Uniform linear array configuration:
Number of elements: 64
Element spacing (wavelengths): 0.25
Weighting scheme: uniform
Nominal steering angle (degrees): -60
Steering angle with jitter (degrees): -59.557
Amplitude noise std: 0.05
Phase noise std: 0.05

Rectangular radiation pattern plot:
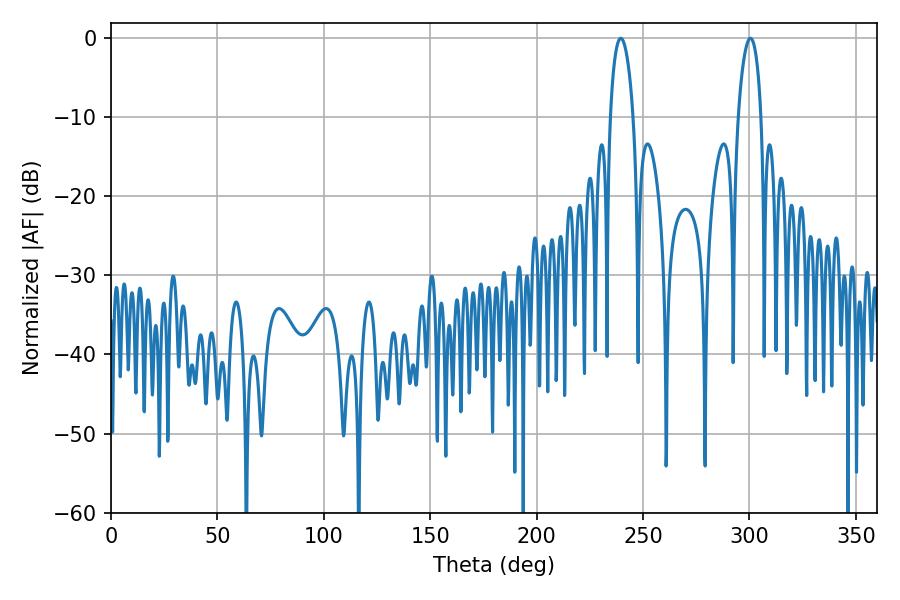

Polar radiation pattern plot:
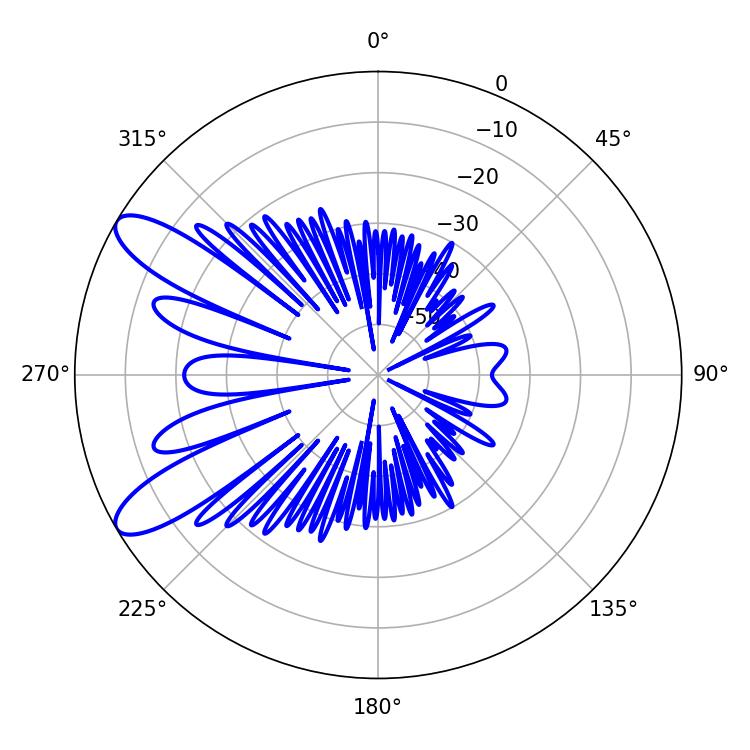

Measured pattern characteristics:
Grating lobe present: FALSE
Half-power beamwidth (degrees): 6.12
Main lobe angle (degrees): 300.42